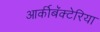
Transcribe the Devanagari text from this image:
आर्कीबॅक्टेरिया